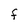
Character: F